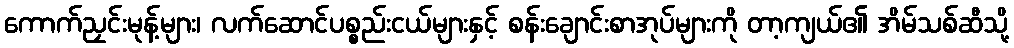
ကောက်ညှင်းမုန့်များ၊ လက်ဆောင်ပစ္စည်းငယ်များနှင့် စန်းချောင်းစာအုပ်များကို တာ့ကျယ်၏ အိမ်သစ်ဆီသို့